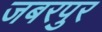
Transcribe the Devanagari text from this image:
जबरपुर